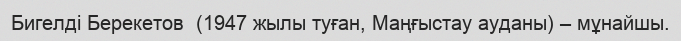
Бигелді Берекетов  (1947 жылы туған, Маңғыстау ауданы) – мұнайшы.